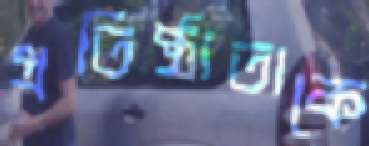
প্রতিষ্ঠাতাকে